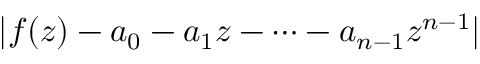
| f ( z ) - a _ { 0 } - a _ { 1 } z - \cdots - a _ { n - 1 } z ^ { n - 1 } |